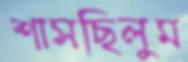
শাসছিলুম